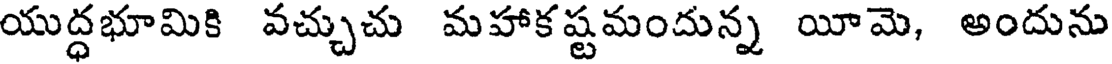
యుద్ధభూమికి వచ్చుచు మహాకష్టమందున్న యీమె, అందును